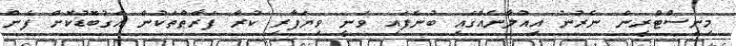
މިނިސްޓްރީން ނެރުނު އިއުލާނެއްގައި ބުނެފައި ވަނީ ވިޔަފާރި ކުރާ ފަރާތްތަކުން އަގުބޮޑުކޮށް ފެން